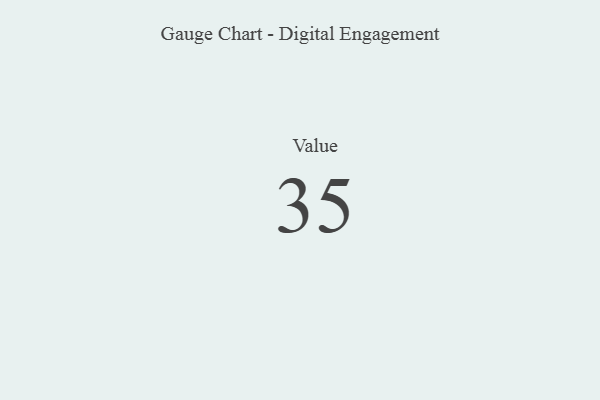
{"axis": {"x": "Metric", "y": "Value"}, "legend": [""], "data": [{"x": "Value", "y": 35, "type": ""}]}